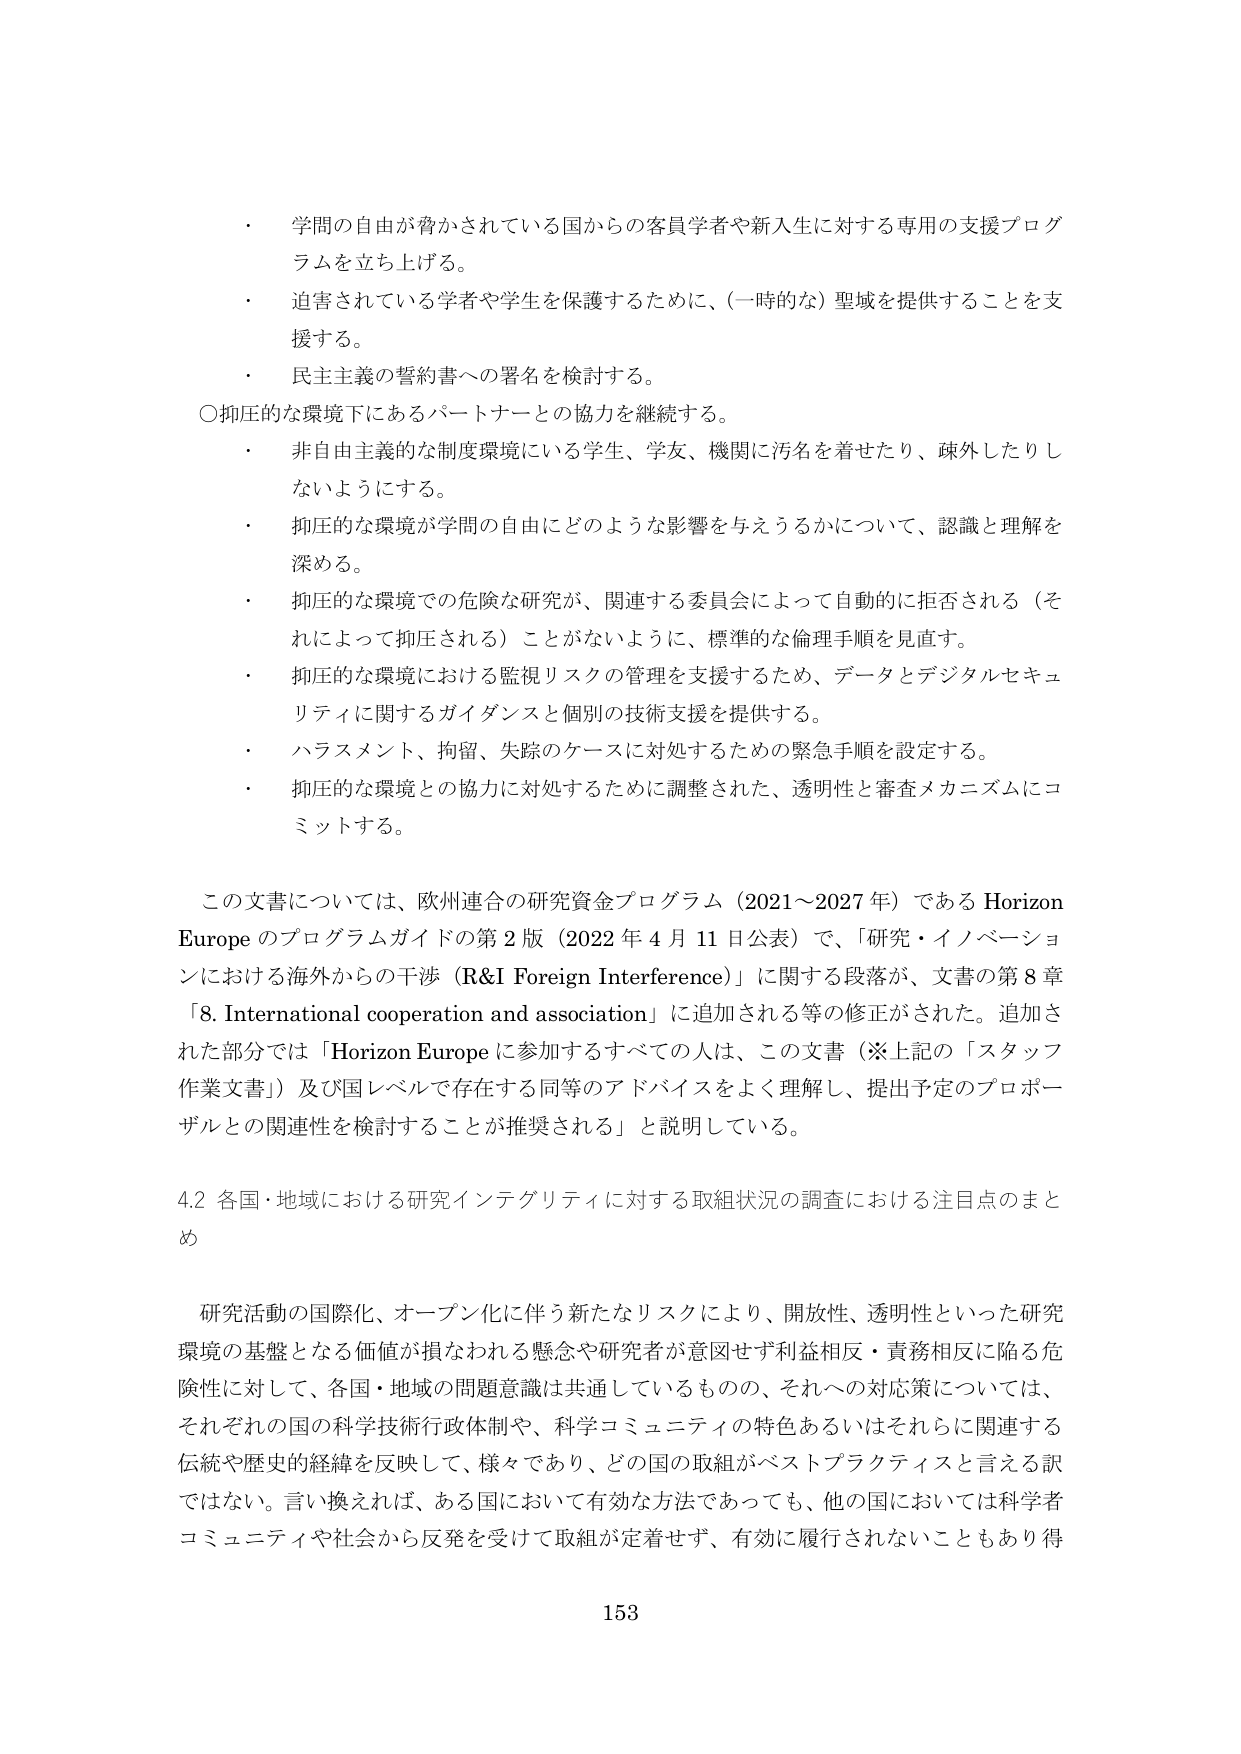
・ 学問の自由が脅かされている国からの客員学者や新入生に対する専用の支援プログラムを立ち上げる。
・ 迫害されている学者や学生を保護するために、（一時的な）聖域を提供することを支援する。
・ 民主主義の誓約書への署名を検討する。
〇抑圧的な環境下にあるパートナーとの協力を継続する。
・ 非自由主義的な制度環境にいる学生、学友、機関に汚名を着せたり、疎外したりしないようにする。
・ 抑圧的な環境が学問の自由にどのような影響を与えうるかについて、認識と理解を深める。
・ 抑圧的な環境での危険な研究が、関連する委員会によって自動的に拒否される（それによって抑圧される）ことがないように、標準的な倫理手順を見直す。
・ 抑圧的な環境における監視リスクの管理を支援するため、データとデジタルセキュリティに関するガイダンスと個別の技術支援を提供する。
・ ハラスメント、拘留、失踪のケースに対処するための緊急手順を設定する。
・ 抑圧的な環境との協力に対処するために調整された、透明性と審査メカニズムにコミットする。

この文書については、欧州連合の研究資金プログラム（2021～2027年）であるHorizon Europeのプログラムガイドの第2版（2022年4月11日公表）で、「研究・イノベーションにおける海外からの干渉（R&I Foreign Interference）」に関する段落が、文書の第8章「8. International cooperation and association」に追加される等の修正がされた。追加された部分では「Horizon Europeに参加するすべての人は、この文書（※上記の「スタッフ作業文書」）及び国レベルで存在する同等のアドバイスをよく理解し、提出予定のプロポーザルとの関連性を検討することが推奨される」と説明している。

4.2 各国・地域における研究インテグリティに対する取組状況の調査における注目点のまとめ

研究活動の国際化、オープン化に伴う新たなリスクにより、開放性、透明性といった研究環境の基盤となる価値が損なわれる懸念や研究者が意図せず利益相反・責務相反に陥る危険性に対して、各国・地域の問題意識は共通しているものの、それへの対応策については、それぞれの国の科学技術行政体制や、科学コミュニティの特色あるいはそれらに関連する伝統や歴史的経緯を反映して、様々であり、どの国の取組がベストプラクティスと言える訳ではない。言い換えれば、ある国において有効な方法であっても、他の国においては科学者コミュニティや社会から反発を受けて取組が定着せず、有効に履行されないこともあり得

153